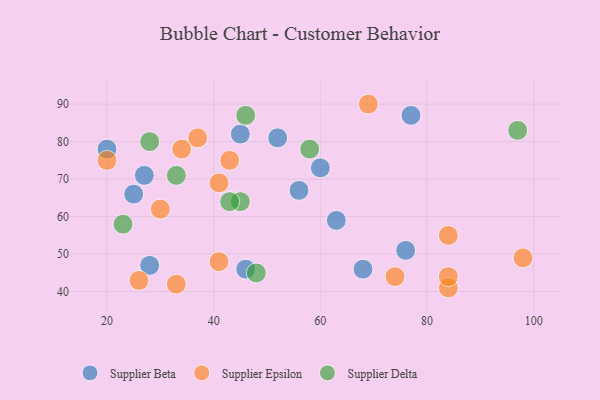
{"axis": {"x": "GDP", "y": "Life Expectancy"}, "legend": ["Supplier Beta", "Supplier Delta", "Supplier Epsilon"], "data": [{"x": "76", "y": 51, "type": "Supplier Beta"}, {"x": "63", "y": 59, "type": "Supplier Beta"}, {"x": "27", "y": 71, "type": "Supplier Beta"}, {"x": "60", "y": 73, "type": "Supplier Beta"}, {"x": "46", "y": 46, "type": "Supplier Beta"}, {"x": "52", "y": 81, "type": "Supplier Beta"}, {"x": "25", "y": 66, "type": "Supplier Beta"}, {"x": "68", "y": 46, "type": "Supplier Beta"}, {"x": "45", "y": 82, "type": "Supplier Beta"}, {"x": "77", "y": 87, "type": "Supplier Beta"}, {"x": "56", "y": 67, "type": "Supplier Beta"}, {"x": "20", "y": 78, "type": "Supplier Beta"}, {"x": "28", "y": 47, "type": "Supplier Beta"}, {"x": "26", "y": 43, "type": "Supplier Epsilon"}, {"x": "69", "y": 90, "type": "Supplier Epsilon"}, {"x": "37", "y": 81, "type": "Supplier Epsilon"}, {"x": "84", "y": 55, "type": "Supplier Epsilon"}, {"x": "84", "y": 41, "type": "Supplier Epsilon"}, {"x": "84", "y": 44, "type": "Supplier Epsilon"}, {"x": "34", "y": 78, "type": "Supplier Epsilon"}, {"x": "98", "y": 49, "type": "Supplier Epsilon"}, {"x": "41", "y": 48, "type": "Supplier Epsilon"}, {"x": "43", "y": 75, "type": "Supplier Epsilon"}, {"x": "33", "y": 42, "type": "Supplier Epsilon"}, {"x": "20", "y": 75, "type": "Supplier Epsilon"}, {"x": "30", "y": 62, "type": "Supplier Epsilon"}, {"x": "74", "y": 44, "type": "Supplier Epsilon"}, {"x": "41", "y": 69, "type": "Supplier Epsilon"}, {"x": "46", "y": 87, "type": "Supplier Delta"}, {"x": "33", "y": 71, "type": "Supplier Delta"}, {"x": "45", "y": 64, "type": "Supplier Delta"}, {"x": "28", "y": 80, "type": "Supplier Delta"}, {"x": "48", "y": 45, "type": "Supplier Delta"}, {"x": "58", "y": 78, "type": "Supplier Delta"}, {"x": "23", "y": 58, "type": "Supplier Delta"}, {"x": "97", "y": 83, "type": "Supplier Delta"}, {"x": "43", "y": 64, "type": "Supplier Delta"}]}